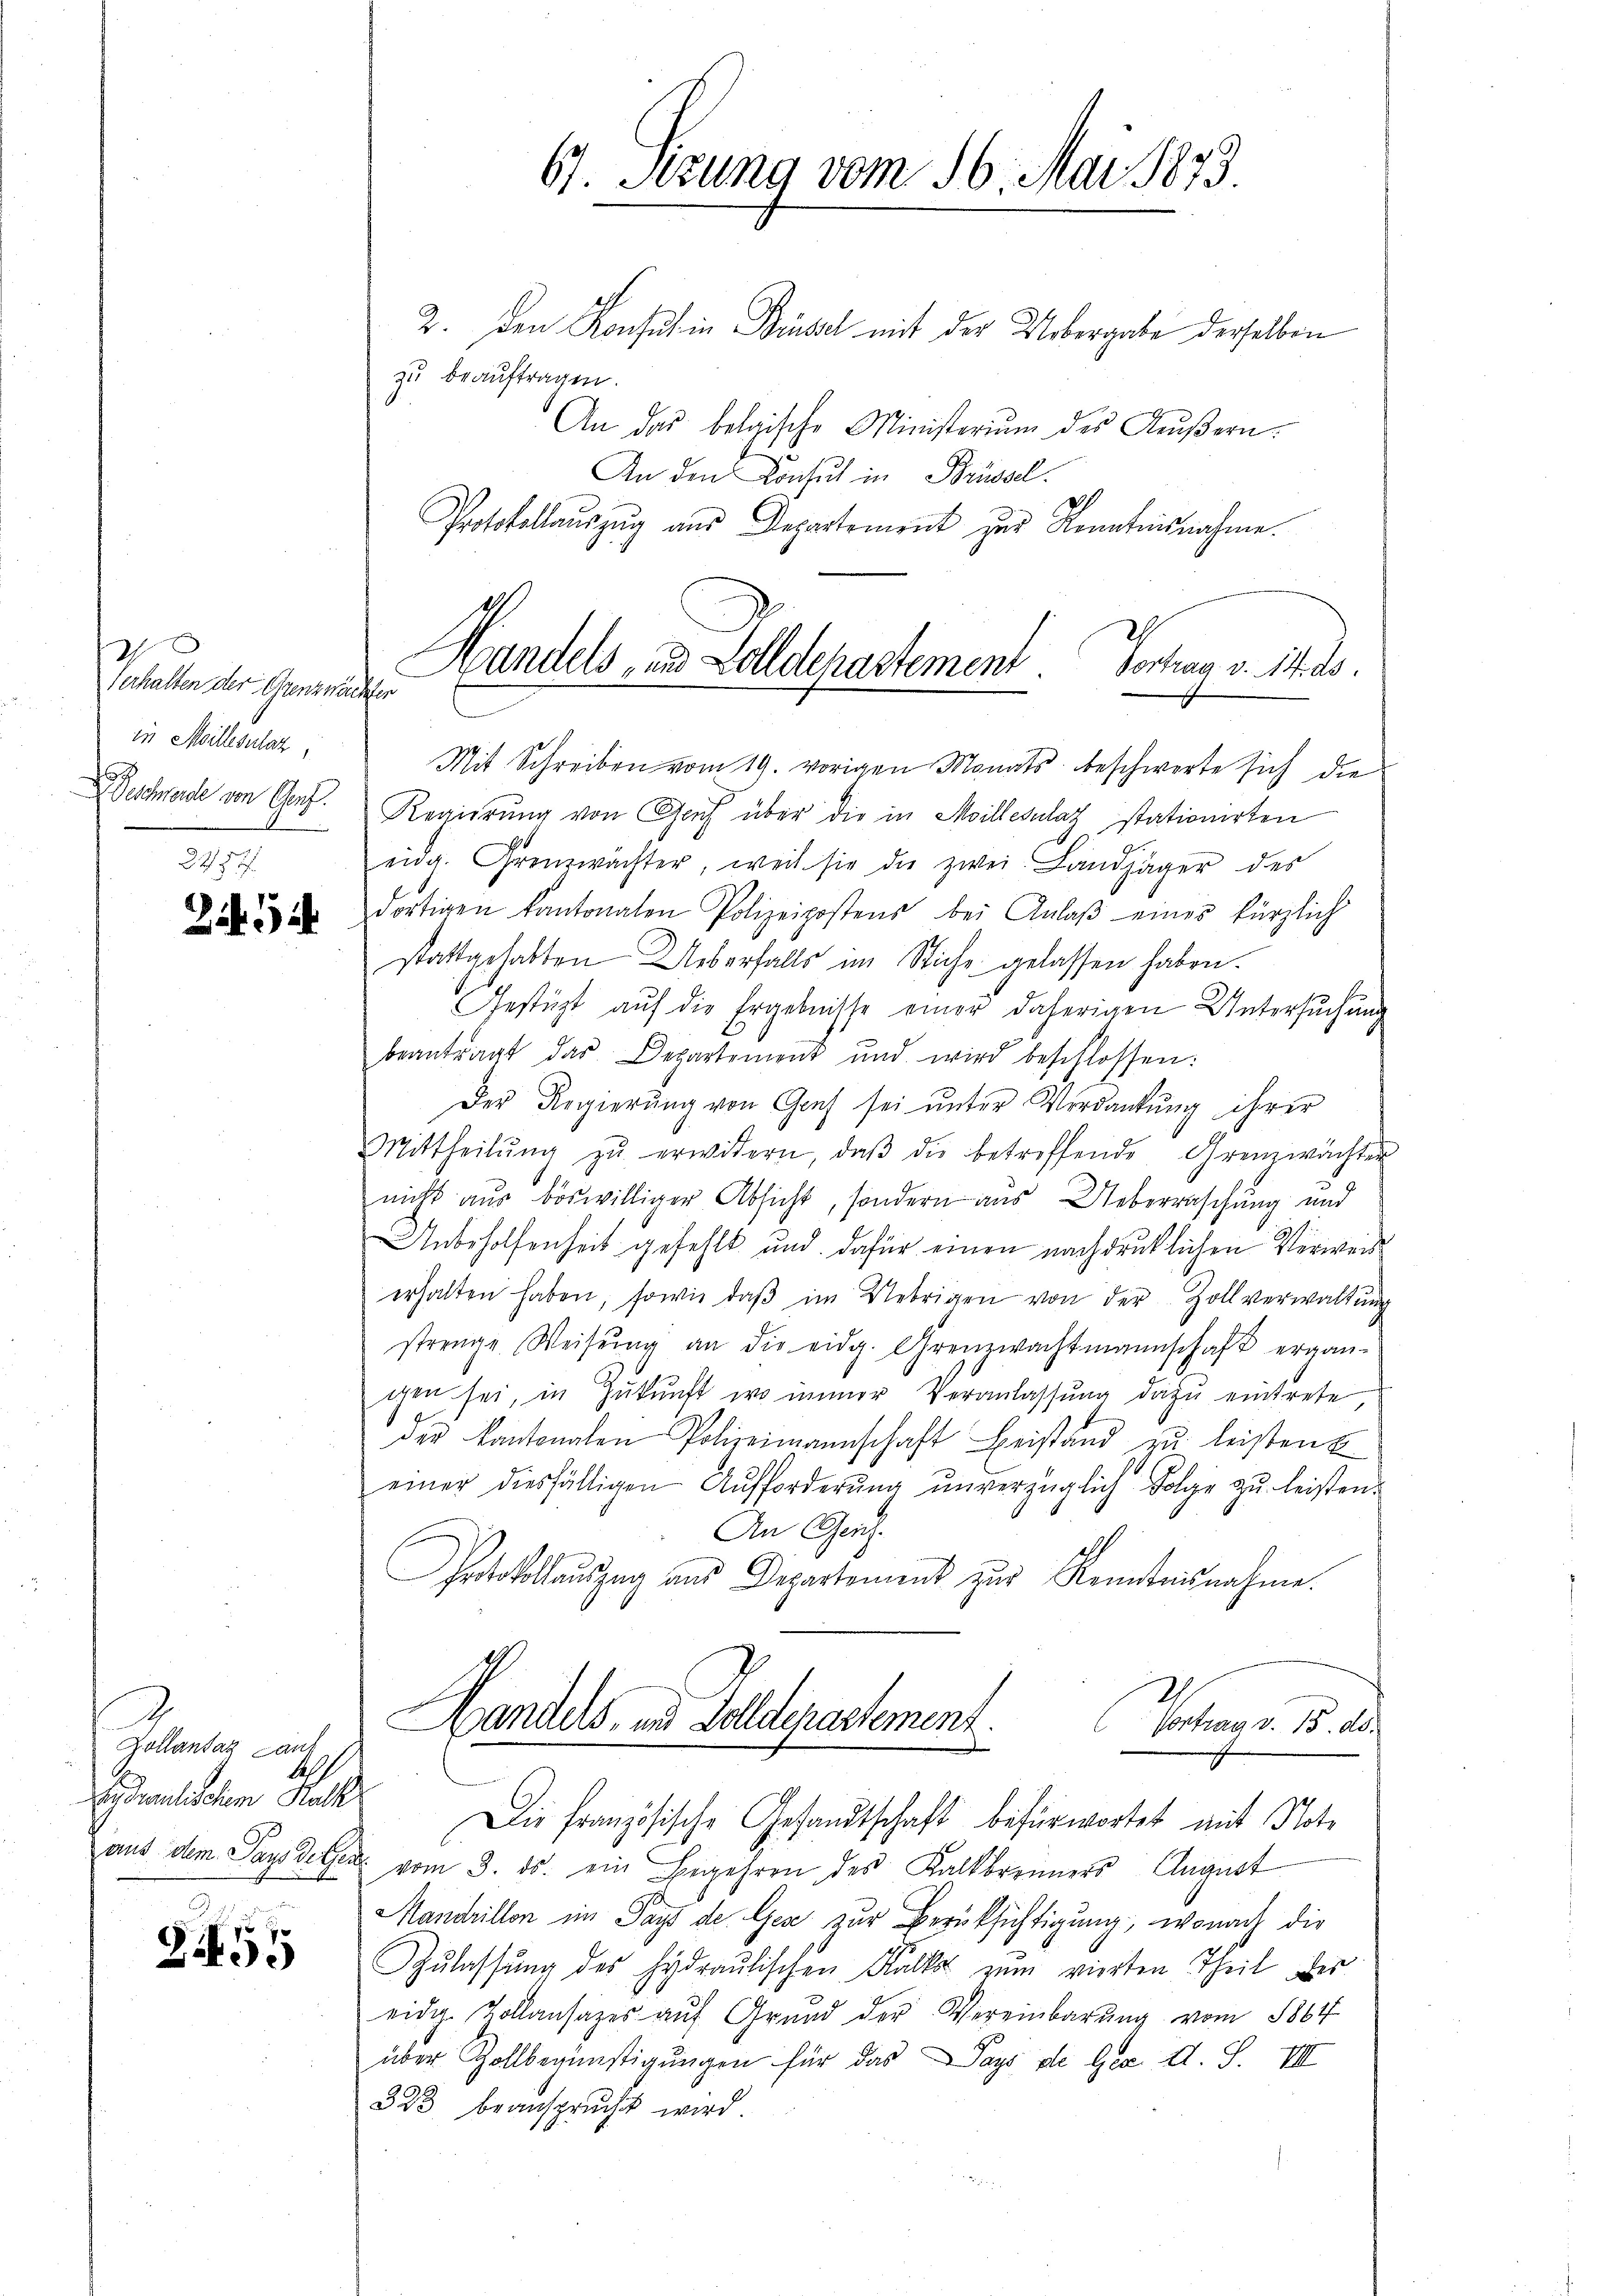
Gehalten der Gemein
in Meillesulat,
Geschwerde von Genf.
2287

2454

e
Zollantas Lauf
aus dem Pays dessen.
.

Zi55

67. Sizung vom 16. Mai 1873

Handels, in Zolldepartement.

2. Den Konsul in Bissel mit der Uebergabe derselben
zu beauftragen.
An das belgische Ministerium des Aeußern.
An den Konsul in Brüssel
Protokollauszug aus Departement zur Kenntnisnahme.
Vortrag v. 14. d.
Mit Schreiben vom 19. vorigen Monats beschwerte sich die
Regierung von Gruf über die in Moilles lag stationirten
eidg. Grenzwächter, weil sie die zwei Landjäger des
dortigen kantonalen Polizeipostens bei Anlaβ eines kürzlich
stattgehabten Ueberfalls im Stiche gelassen haben.
Gestüzt aŭf die Ergebnisse einer daherigen Untersuchung
beantragt das Departement und wird beschlossen:
Der Regierung von Genf sei unter Verdankung ihrer
Mittheilŭng zŭ erwitern, daβ die betreffende Grenzwachter
nicht aus böswilliger Absicht, sondern aus Ueberraschung und
Unbeholfenheit gefehlt und dafür einen nachdrucklichen Verweiss
erhalten haben, sowie daβ im Uebrigen von der Zollverwaltŭng
strenge Weisŭng an die eidg. Grenzwachtmannschaft ergän-
gen sei, in Zŭkŭnft wo immer Veranlassung dazu eintrete
der kantonalen Polizeimannschaft Beistand zŭ leisten E
einer diesfälligen Aufforderŭng ŭnverzüglich Folge zu leisten.
An Genf.
Protokollauszug und Departement zur Kenntnisnahme.
Handels, in Folldepartement.
Notars 18.
nlichen Rat Die französische Gesandtschaft befürwortet mit Note
" vom 3. ds. ein Begehren des Kalkbrenners August
Mandrillon im Pays de Ges zur Berücksichtigung, wonach die
Zŭlassŭng des hydraulischen Kalkos zum vierten Theil der
eidig. Kollansazes auf Grund der Vereinbarŭng vom 1864
über Zollbegünstigungen für das Pays de Ges. d. S. VIII
323 beansprucht wird.
e